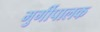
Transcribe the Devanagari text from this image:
मुर्गीपालक